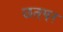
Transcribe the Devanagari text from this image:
छतपर